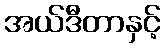
အယ်ဒီတာနှင့်